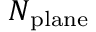
N _ { \mathrm { p l a n e } }